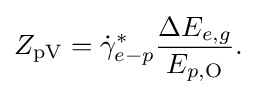
{\begin{aligned}Z_{\mathrm {pV} }={\dot {\gamma }}_{e-p}^{*}{\frac {\Delta E_{e,g}}{E_{p,\mathrm {O} }}}.\end{aligned}}